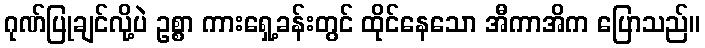
ဂုဏ်ပြုချင်လို့ပဲ ဥစ္စာ ကားရှေ့ခန်းတွင် ထိုင်နေသော အီကာအိက ပြောသည်။